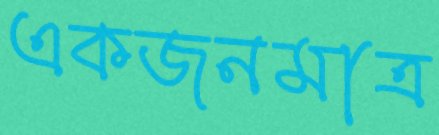
একজনমাত্র